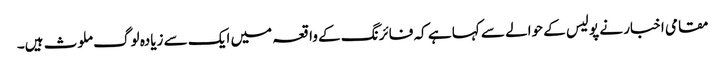
مقامی اخبار نے پولیس کے حوالے سے کہا ہے کہ فائرنگ کے واقعہ میں ایک سے زیادہ لوگ ملوث ہیں۔